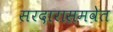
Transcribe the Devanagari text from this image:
सरदारासमवेत